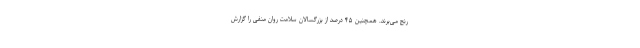
رنج می‌برند. همچنین ۴۵ درصد از بزرگسالان سلامت روان منفی را گزارش